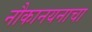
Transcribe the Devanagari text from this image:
नौकानयनाचा